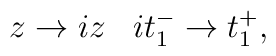
z\rightarrow iz\;\;\;it_{1}^{-}\rightarrow t_{1}^{+},